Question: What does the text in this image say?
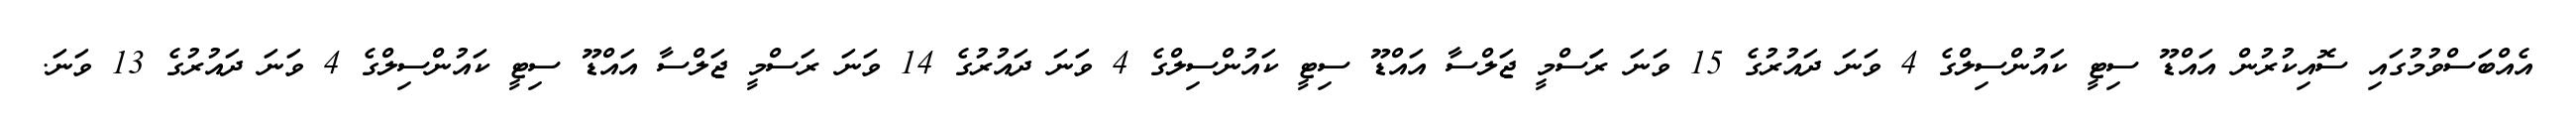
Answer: އެއްބަސްވުމުގައި ސޮއިކުރުން އައްޑޫ ސިޓީ ކައުންސިލްގެ 4 ވަނަ ދައުރުގެ 15 ވަނަ ރަަސްމީ ޖަލްސާ އައްޑޫ ސިޓީ ކައުންސިލްގެ 4 ވަނަ ދައުރުގެ 14 ވަނަ ރަސްމީ ޖަލްސާ އައްޑޫ ސިޓީ ކައުންސިލްގެ 4 ވަނަ ދައުރުގެ 13 ވަނަ.